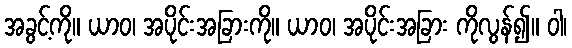
အခွင့်ကို။ ယာဝ၊ အပိုင်းအခြားကို။ ယာဝ၊ အပိုင်းအခြား ကိုလွန်၍။ ဝါ၊